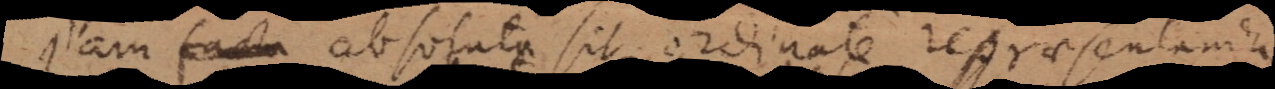
jam facta absoluta sit ordinate repraesentanda